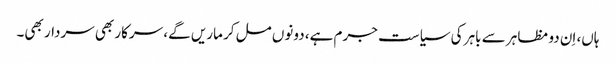
ہاں، اِن دو مظاہر سے باہر کی سیاست جرم ہے، دونوں مل کر ماریں گے، سرکار بھی سردار بھی۔